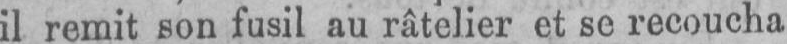
il remit son fusil au râtelier et se recoucha